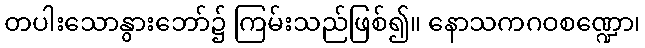
တပါးသောနွားဘော်၌ ကြမ်းသည်ဖြစ်၍။ နောသကဂဝစဏ္ဍော၊